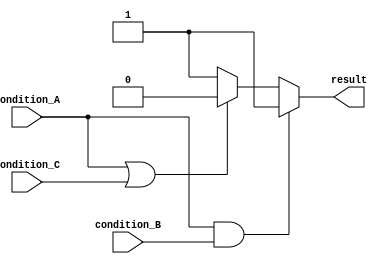
module conditional_assignment_block (
    input wire condition_A,
    input wire condition_B,
    input wire condition_C,
    output reg result
);

always @* begin
    if (condition_A && condition_B) begin
        result = 1'b1;
    end
    else if (condition_A || condition_C) begin
        result = 1'b0;
    end
    else begin
        result = 1'b1;
    end
end

endmodule